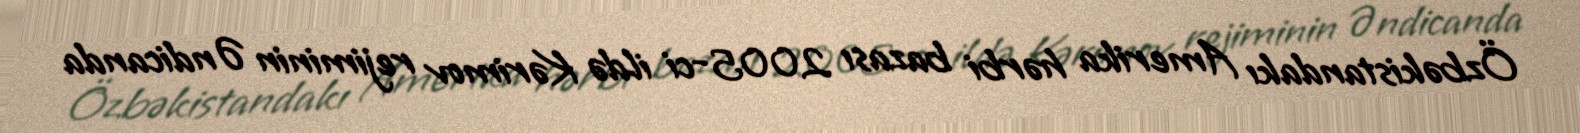
Özbəkistandakı Amerika hərbi bazası 2005-ci ildə Kərimov rejiminin Əndicanda